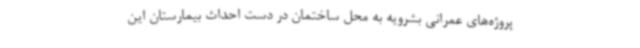
پروژه‌های عمرانی بشرویه به محل ساختمان در دست احداث بیمارستان این